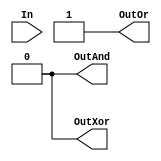
`timescale 1ns / 1ps
//////////////////////////////////////////////////////////////////////////////////
// Company: 
// Engineer: 
// 
// Design Name: 
// Module Name: Reduction_Operator
// Project Name: 
// Target Devices: 
// Tool Versions: 
// Description: 
// 
// Dependencies: 
// 
// Revision:
// Revision 0.01 - File Created
// Additional Comments:
// 
//////////////////////////////////////////////////////////////////////////////////


module Reduction_Operator(OutAnd, OutOr, OutXor, In);
 input [7:0] In;
 
 output OutAnd, OutOr, OutXor;
 
 //logic
 
 assign OutAnd = & 8'b1111_1110;
 assign OutOr = | 8'b1111_1010;
 assign OutXor = ^ 8'b1010_1010;
endmodule